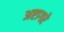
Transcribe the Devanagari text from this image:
अष्टागरे